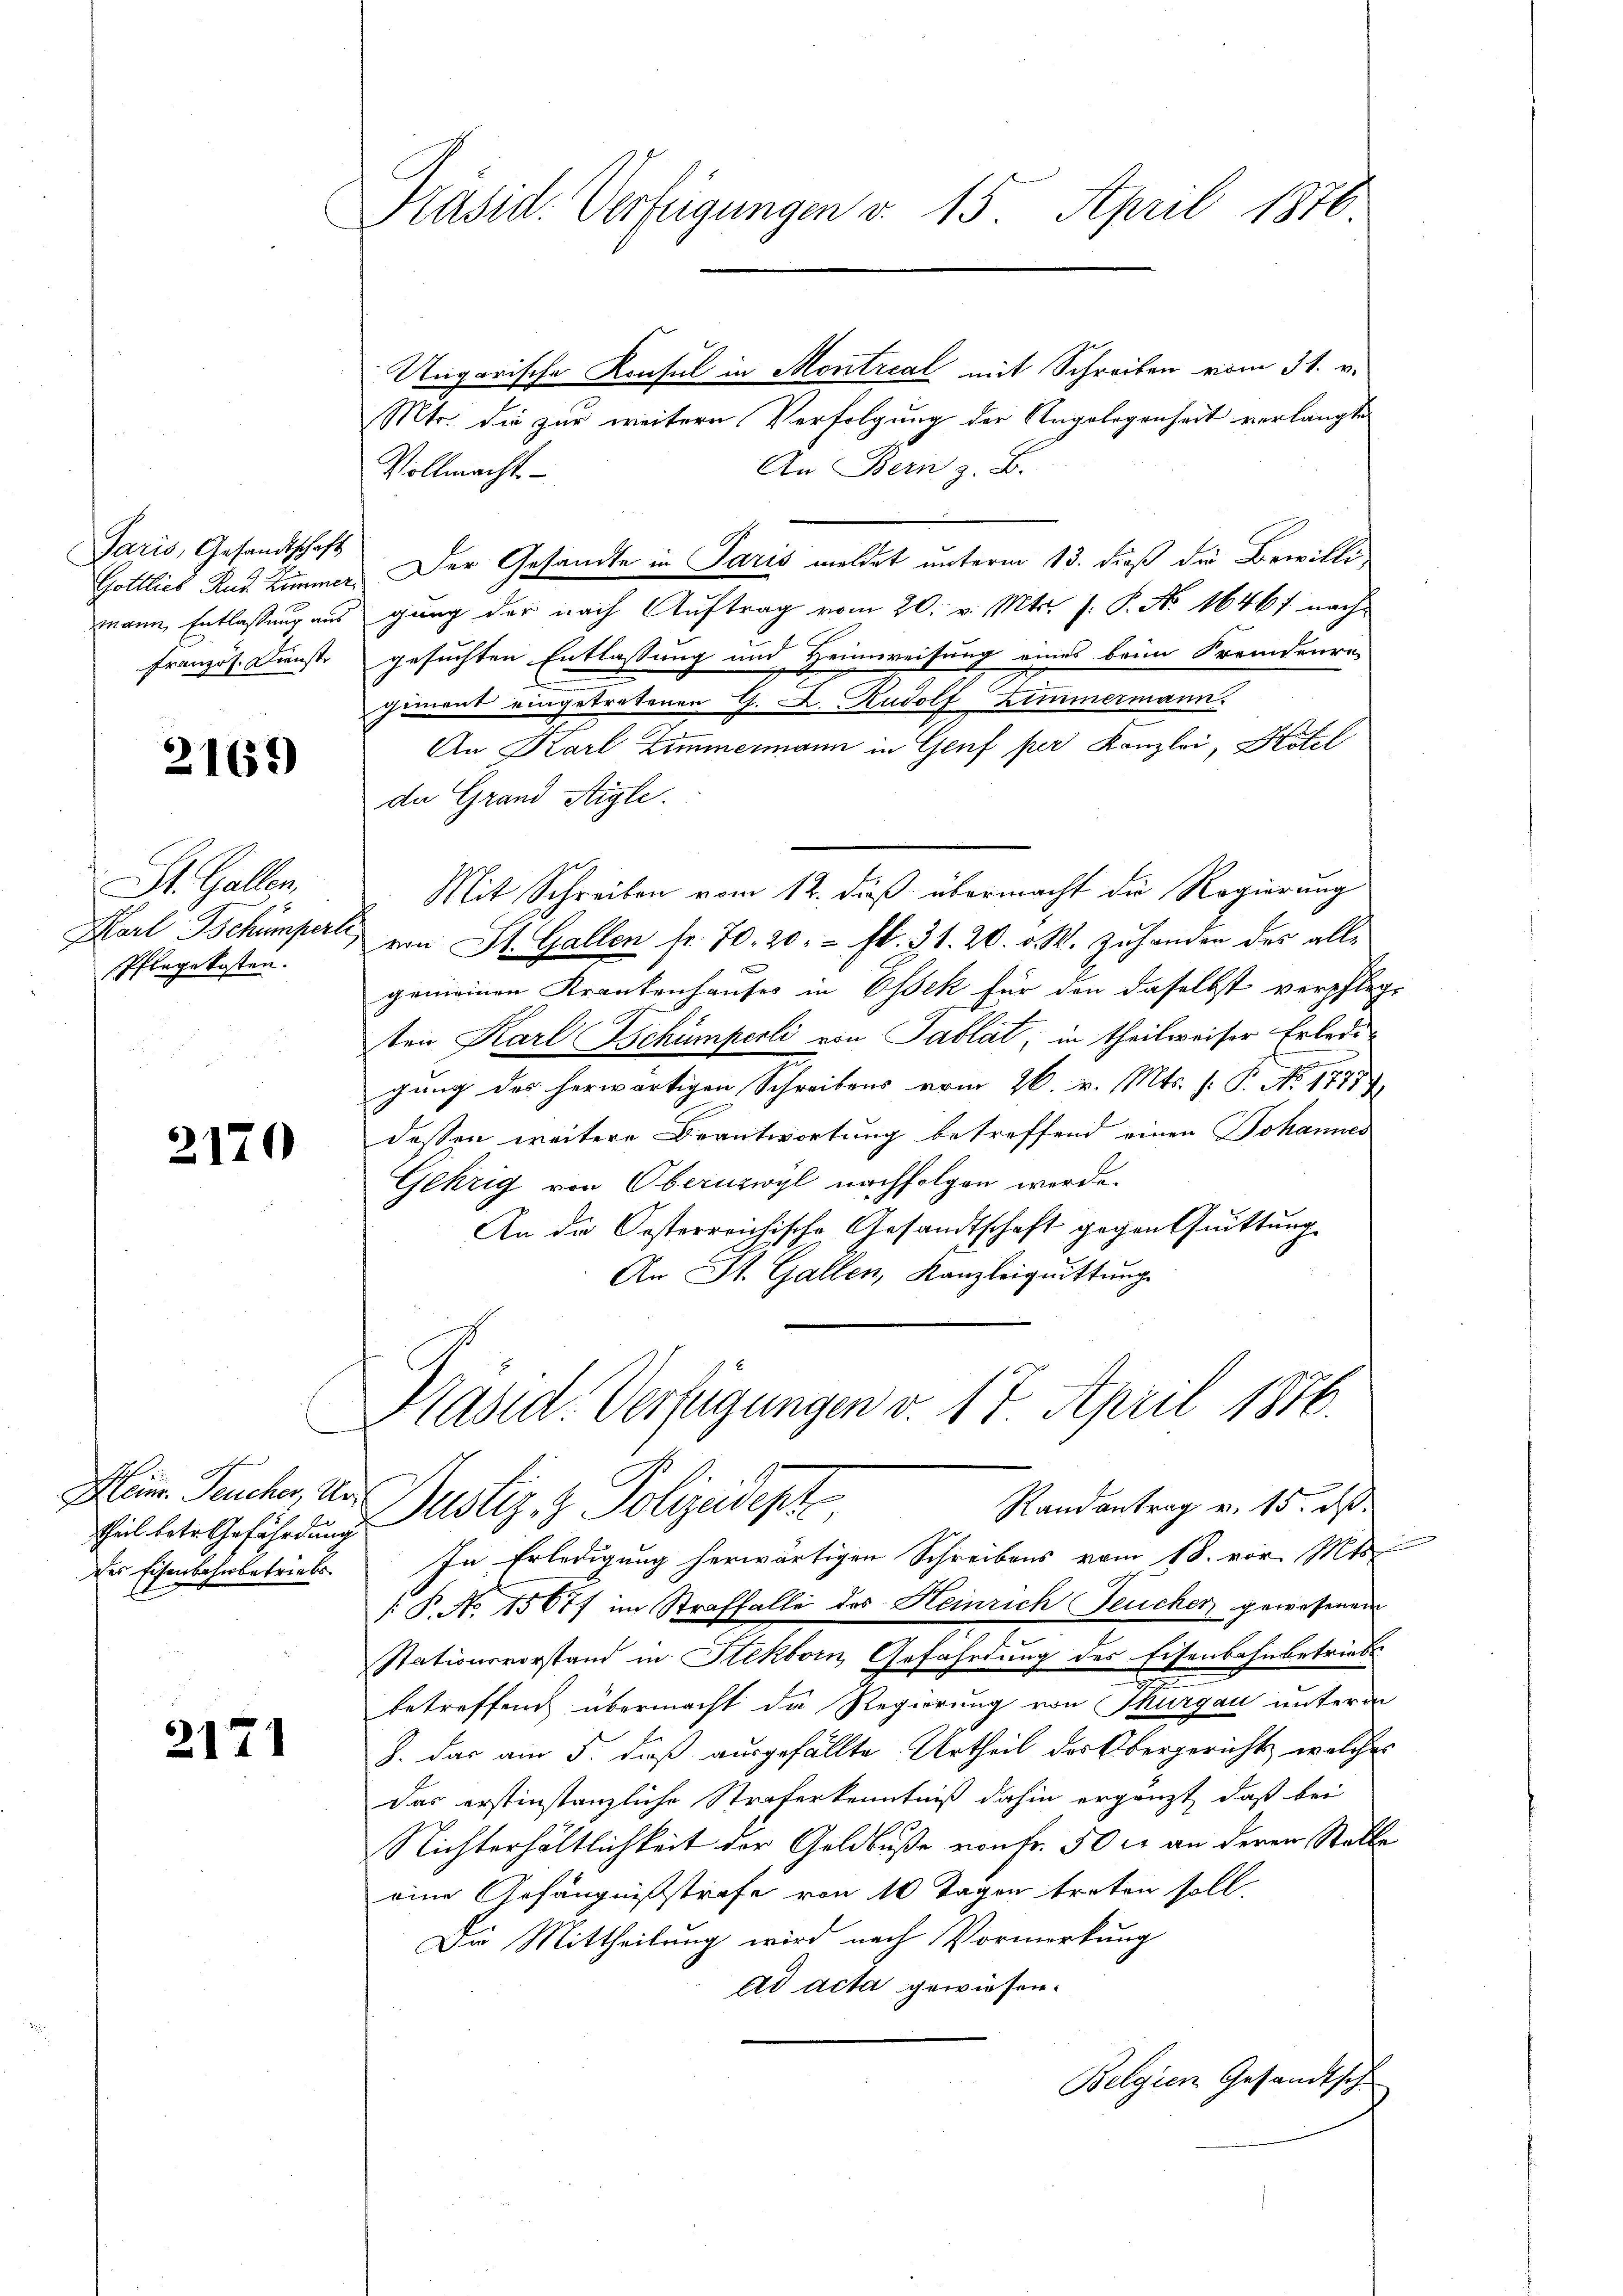
Jaris, Gesandtschaft
mann Entlassung aus
Französ. Dienste

2165

St. Gallen,
Karl Tschumperli
Pflegekosten.

2170

Heinr. Feucher, Urtheil betr. Gefährdung
Der Eisenbahnbetriebs

2171

Präsid. Verfügungen v. 15. April 1876.

Ungarische Konsul in Montreal mit Schreiben vom 31. v.
Mtr. die zur weitern Verfolgung der Regelegenheit verlangte
An Bern z. B.
Vollmacht
Gottlich Rud. Zimmer. Der Gesandte in Paris meldet unterm 13. dieß die Bewilligung der nach Auftrag vom 20. v. Mts. J. P. Nr. 1646 f. nachgesuchten Entlassung und Heimweisung eines beim Kremdenre
giment eingetretenen G. A. Rudolf Zimmermann.
An Karl Zimmermann in Genf per Kanzlei, Hotel
de Grand Stigle.
Mit Schreiben vom 12. dieß übermacht die Regierung
von St. Gallen fr. 70. 20. fl. 31. 20. v. M. Zuhanden des allgemeinen Krankenhauses in Essek für den daselbst verpflege
ten Karl Zschümperli von Tablat, in theilweiser Erledigung des herwärtigen Schreibens vom 26. v. Mts. f. P. Nr. 1777.
dessen weitere Beantwortung betreffend einen Johannes
Gehrig von Obernzwyl nachfolgen werde.
An die Oesterreichische Gesandtschaft gegen Quittung
An St. Gallen, Kanzleiquittung

Präsid. Verfügungen v. 17. April 1816.
Randantrag v. 15. ds.
Justiz- & Polizeidigte

In Erledigung herwärtigen Schreibens vom 18. vor. Mts.
[P. No. 1567f im Straffalle des Heinrich Feucher gewesenen
Stationsvorstand in Stekborn, Gefährdung des Eisenbahnbetrieb
e
betreffend übermacht die Regierung von Thurgau unterm
J. das am 5. daß ausgefällte Urtheil des Obergericht, welches
Das erstinstanzliche Straferkenntniß dahin ergänzt, daß bei
Nichterhältlichkeit der Geldbuße von Fr. 50 r. an deren Stelle
eine Gefängnißstrafe von 10 Tagen treten soll.
Die Mittheilung wird nach Vormerkung
ad acta gewiesen.
Belgien Gesandtsch